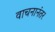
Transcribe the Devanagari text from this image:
वाचनानंतर